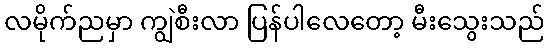
လမိုက်ညမှာ ကျွဲစီးလာ ပြန်ပါလေတော့ မီးသွေးသည်